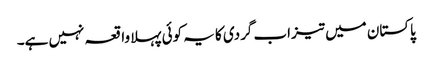
پاکستان میں تیزاب گردی کا یہ کوئی پہلا واقعہ نہیں ہے۔